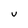
Character: u